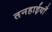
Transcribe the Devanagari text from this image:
तनहाईयाँ